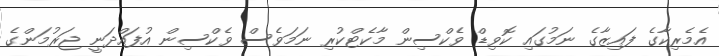
އެމެރިކާގެ ފައިޒާގެ ނަމުގައި ކޮވިޑް ވެކްސިން މާކެޓްކުރިި ނަމަވެސް ވެކްސިން އުފައްދަނީ ޖަރުމަންގެ